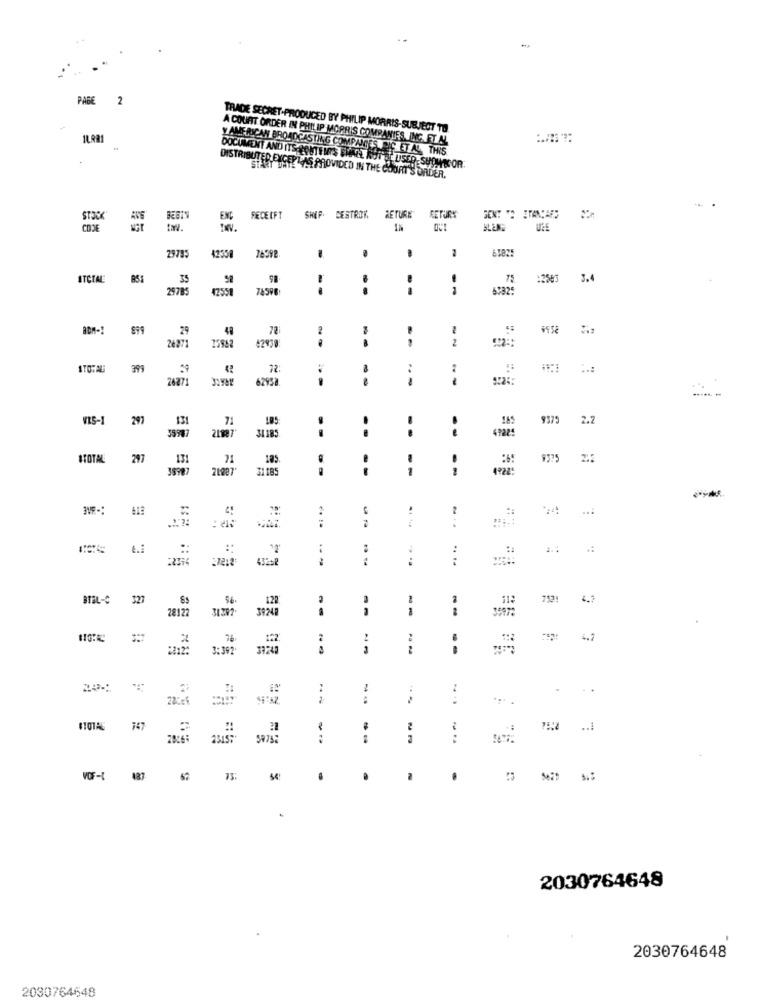
PAGE
2
TRADE SECRET-PRODUCED BY PHILIP MORRIS-SUBJECT TO
IL.881
A COURT ORDER IN PHILIP MORRIS COMPANIES.ING.ET.AL.
y AMERICAN BROADCASTING COMPANIES PIC ET AL. THIS
DOCUMENT AND ITS-RENTE MAIS EMAAL KUTDE USER SUOMICOR.
DISTRIBUTED EXCEPT AS PROVIDED IN THE COURT'S ORDER.
STOCK
EXC
FECEIFT
SHIP. DESTROK
RETURN
RETURY
SENT TO ITANYAED
CODE
BLUN
29795
42350
-
2
ATCTAL
35
98
:2505
3.4
29785
47558
-.
29
48
78
2
26271
42938
ATOTAL
399
72
:
26271
62958
--
VIS-
297
131
71
105
9375
2.2
!
..
35987
31185
.
STOTAL
297
131
71
105
9375
38987
31185
--
--
....
4 .:
..
"2'
:
:
:
:7212
BTAL-C 327
120
7531
31297-
1
--
35972
28122
3:392.
- -
--
--
--
:
747
2
28:41
--
--
VOS-( 487 62 13:
.
.
5429
2030764648
2030764648
2030764648